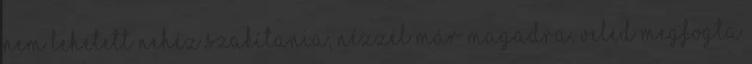
nem lehetett nehéz szakítania, nézzél már magadra, veled megfogta